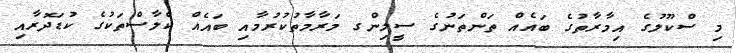
މި ސްކޫލުގެ އިމާރާތުގެ ބައެއް ތަންތަނުގެ ސީލިންގ މަރާމާތުކުރުމާއި ބައެއް ކްލާސްތަކުގެ ކުޑަދޮރާއި